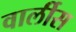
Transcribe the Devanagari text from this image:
वार्लीस